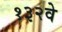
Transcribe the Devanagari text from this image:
१३२वे